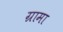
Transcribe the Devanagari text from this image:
ग्रामा